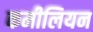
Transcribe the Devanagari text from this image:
कमीलियन